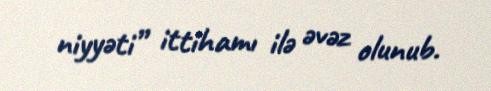
niyyəti” ittihamı ilə əvəz olunub.